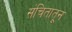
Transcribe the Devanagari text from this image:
संचितातून